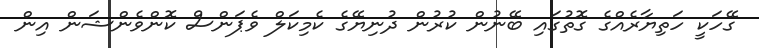
ގޭހަކީ ހަތިޔާރެއްގެ ގޮތުގައި ބޭނުން ކުރުން ދުނިޔޭގެ ކެމިކަލް ވެޕަންސް ކޮންވެންޝަން އިން